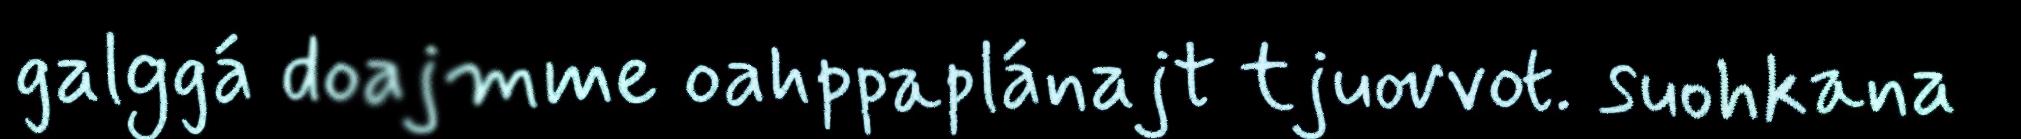
galggá doajmme oahppaplánajt tjuovvot. suohkana